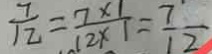
\frac { 7 } { 1 2 } = \frac { 7 \times 1 } { 1 2 \times 1 } = \frac { 7 } { 1 2 }